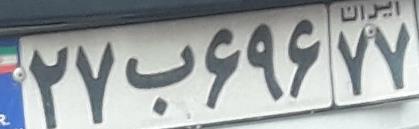
۲۷ب۶۹۶۷۷